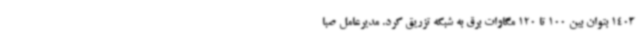
1403 بتوان بین 100 تا 120 مگاوات برق به شبکه تزریق کرد. مدیرعامل صبا